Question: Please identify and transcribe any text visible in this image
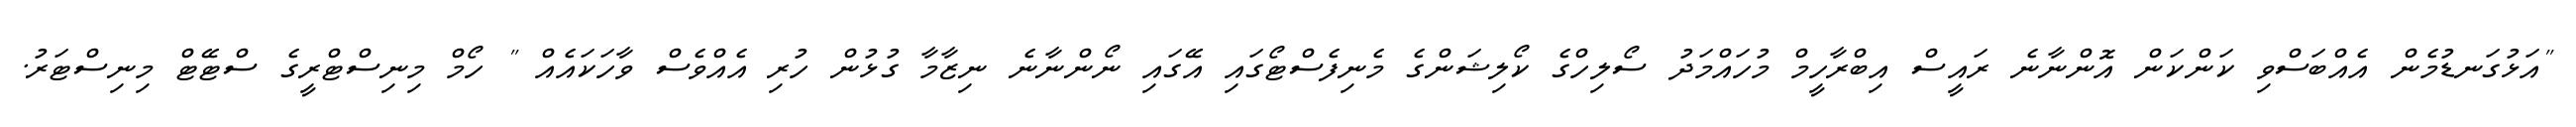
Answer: "އަޅުގަނޑުމެން އެއްބަސްވި ކަންކަން އޮންނާނެ ރައީސް އިބްރާހީމް މުހައްމަދު ސޯލިހްގެ ކޯލިޝަންގެ މެނިފެސްޓޯގައި އޭގައި ނޯންނާނެ ނިޒާމާ ގުޅުން ހުރި އެއްވެސް ވާހަކައެއް " ހޯމް މިނިސްޓްރީގެ ސްޓޭޓް މިނިސްޓަރު.